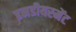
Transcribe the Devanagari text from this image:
इनडीयरमेंट